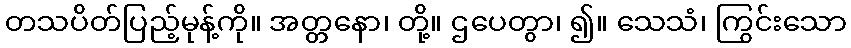
တသပိတ်ပြည့်မုန့်ကို။ အတ္တနော၊ တို့။ ဌပေတွာ၊ ၍။ သေသံ၊ ကြွင်းသော